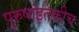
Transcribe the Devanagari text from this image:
पुरुषांइतकीच